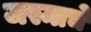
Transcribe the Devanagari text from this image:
जस्माचे